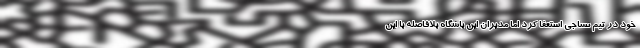
خود در تیم نساجی استعفا کرد اما مدیران این باشگاه بلافاصله با این